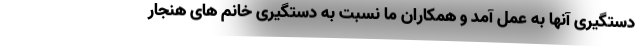
دستگیری آنها به عمل آمد و همکاران ما نسبت به دستگیری خانم های هنجار